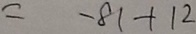
= - 8 1 + 1 2